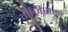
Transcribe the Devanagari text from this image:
मेज़िसका